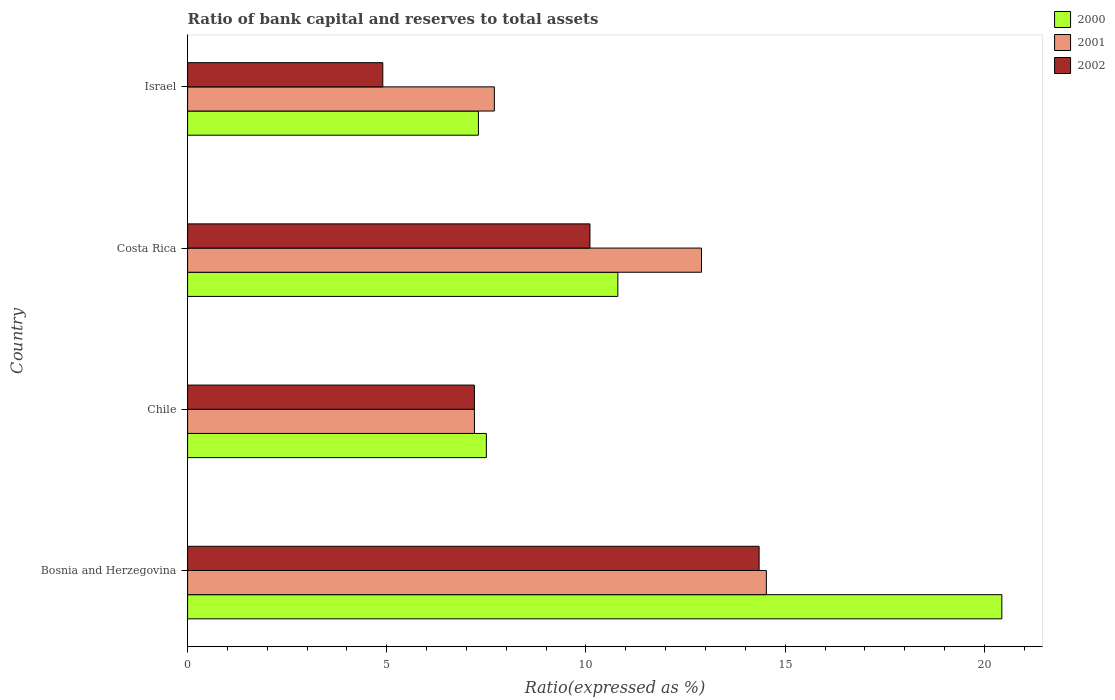
| Country | 2000 | 2001 | 2002 |
 | --- | --- | --- | --- |
 | Bosnia and Herzegovina | 20.4 | 14.5 | 14.3 |
 | Chile | 7.5 | 7.2 | 7.2 |
 | Costa Rica | 10.8 | 12.9 | 10.1 |
 | Israel | 7.3 | 7.7 | 4.9 |